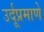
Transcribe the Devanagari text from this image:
उर्दूप्रमाणे